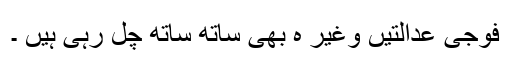
فوجی عدالتیں وغیر ہ بھی ساتھ ساتھ چل رہی ہیں ۔